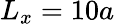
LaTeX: L_{x}=10a